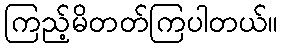
ကြည့်မိတတ်ကြပါတယ်။